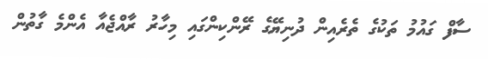
ސާފް ގައުމު ތަކުގެ ތެރެއިން ދުނިޔޭގެ ރޭންކިންގައި މިހާރު ރާއްޖެއާ އެންމެ ގާތުން